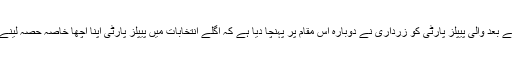
2013 کے انتخابات کے بعد والی پیپلز پارٹی کو زرداری نے دوبارہ اس مقام پر پہنچا دیا ہے کہ اگلے انتخابات میں پیپلز پارٹی اپنا اچھا خاصہ حصہ لینے کی پوزیشن میں ہوگی۔